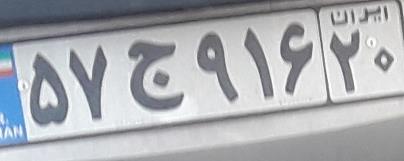
۵۷ج۹۱۶۲۰